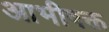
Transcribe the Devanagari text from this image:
आभीषक्त